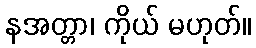
နအတ္တာ၊ ကိုယ် မဟုတ်။